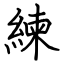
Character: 練